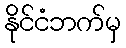
နိုင်ငံဘက်မှ